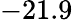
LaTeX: -21.9